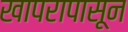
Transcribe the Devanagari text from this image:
खापरापासून